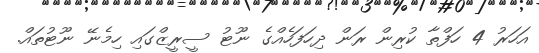
އަހަރު 4 ހަފްތާ ކުރިން ރަން ދިހަފަހެއްގެ ނޫޓު ސީރީޒްގައި ހިމެނޭ ނޫޓުތައް.